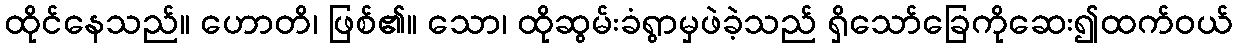
ထိုင်နေသည်။ ဟောတိ၊ ဖြစ်၏။ သော၊ ထိုဆွမ်းခံရွာမှဖဲခဲ့သည် ရှိသော်ခြေကိုဆေး၍ထက်ဝယ်